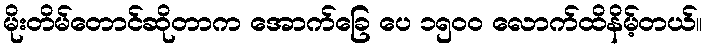
မိုးတိမ်တောင်ဆိုတာက အောက်ခြေ ပေ ၁၅၀၀ လောက်ထိနိမ့်တယ်။